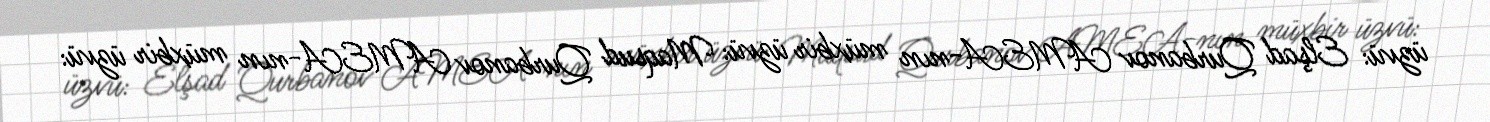
üzvü: Elşad Qurbanov AMEA-nın müxbir üzvü: Maqsud Qurbanov AMEA-nın müxbir üzvü: